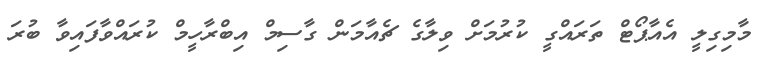
މާމިގިލީ އެއާޕޯޓް ތަރައްގީ ކުރުމަށް ވިލާގެ ޗެއާމަން ގާސިމް އިބްރާހީމް ކުރައްވާފައިވާ ބުރަ